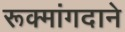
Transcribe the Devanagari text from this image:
रूक्मांगदाने